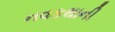
નવકથાની